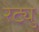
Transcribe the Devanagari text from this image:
रेट्यु